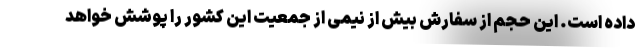
داده است. این حجم از سفارش بیش از نیمی از جمعیت این کشور را پوشش خواهد